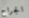
الجراح